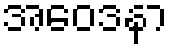
အဝေဒနာ